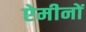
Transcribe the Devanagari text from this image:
ऐमीनों